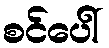
စင်ပေါ်